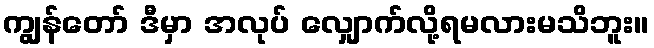
ကျွန်တော် ဒီမှာ အလုပ် လျှောက်လို့ရမလားမသိဘူး။